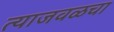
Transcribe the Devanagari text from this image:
त्याजवळचा